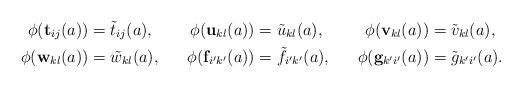
LaTeX: \begin{align*}\phi(\mathbf{t}_{ij}(a))&=\tilde{t}_{ij}(a),&\phi(\mathbf{u}_{kl}(a))&=\tilde{u}_{kl}(a),&\phi(\mathbf{v}_{kl}(a))&=\tilde{v}_{kl}(a),\\\phi(\mathbf{w}_{kl}(a))&=\tilde{w}_{kl}(a),&\phi(\mathbf{f}_{i'k'}(a))&=\tilde{f}_{i'k'}(a),&\phi(\mathbf{g}_{k'i'}(a))&=\tilde{g}_{k'i'}(a).\end{align*}